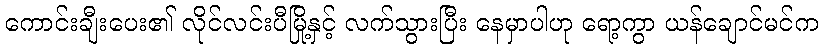
ကောင်းချီးပေး၏ လိုင်လင်းပီမြို့နှင့် လက်သွားပြီး နေမှာပါဟု ရော့ကွာ ယန်ချောင်မင်က